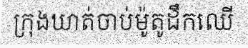
ក្រុងឃាត់ចាប់ម៉ូតូដឹកឈើ